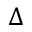
\Delta